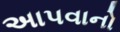
અાપવાનો